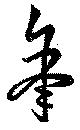
年